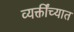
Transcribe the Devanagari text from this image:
व्यक्तींच्यात